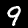
Label: 9